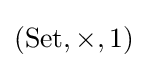
({\text{Set}},\times ,1)